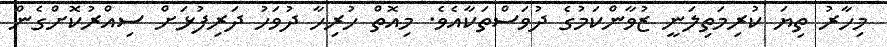
މިހާރު ތިޔަ ކުރިމަތިލަނީ ޒުވާންކަމުގެ ދުވަސްތަކާއެވެ. މިއޮތް ހުރިހާ ދުވަހު ދަރިފުޅަށް ސިއްރުކޮށްގެން